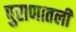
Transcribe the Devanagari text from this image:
पुराणातली